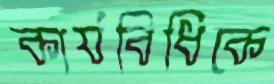
কার্যবিধিকে